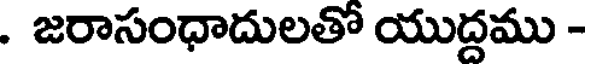
. జరాసంధాదులతో యుద్దము -